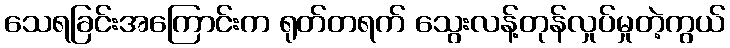
သေရခြင်းအကြောင်းက ရုတ်တရက် သွေးလန့်တုန်လှုပ်မှုတဲ့ကွယ်